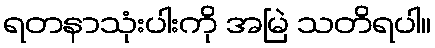
ရတနာသုံးပါးကို အမြဲ သတိရပါ။